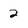
Character: 2